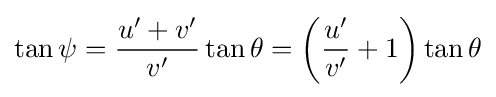
\tan \psi ={\frac {u'+v'}{v'}}\tan \theta =\left({\frac {u'}{v'}}+1\right)\tan \theta